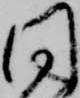
同